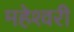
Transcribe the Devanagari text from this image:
महेश्‍वरी